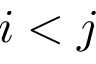
i < j